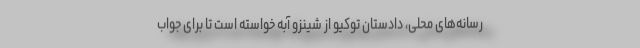
رسانه‌های محلی، دادستان توکیو از شینزو آبه خواسته است تا برای جواب